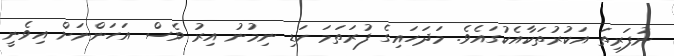
ނުފަރިތަ އަކުރުތަކާއެކުގައެވެ. މަދަހައިގެ ފުރަތަމަ ކަޑި ނިމުނު އިރު ވެސް އަހަންނަށް އިވެނީ